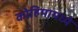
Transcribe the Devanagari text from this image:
कोहिमामध्ये